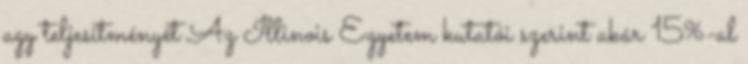
agy teljesítményét Az Illinois Egyetem kutatói szerint akár 15%-al